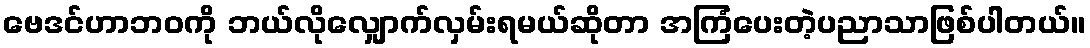
ဗေဒင်ဟာဘဝကို ဘယ်လိုလျှောက်လှမ်းရမယ်ဆိုတာ အကြံပေးတဲ့ပညာသာဖြစ်ပါတယ်။